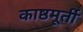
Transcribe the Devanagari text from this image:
काष्ठमूर्ती